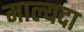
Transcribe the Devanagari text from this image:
माल्यदा